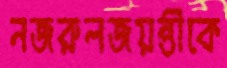
নজরুলজয়ন্তীকে